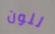
للون